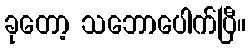
ခုတော့ သဘောပေါက်ပြီ။